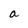
Character: a